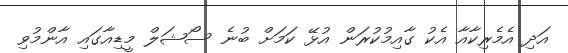
އަދި އެމެރިކާއާ އެކު ގާއިމުކުރަން އުޅޭ ކަމަށް ބުނެ ސޯޝަލް މީޑިއާގައި އާންމުވި